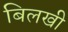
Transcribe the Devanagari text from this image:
बिलखी